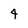
Character: 4